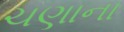
ચણાના